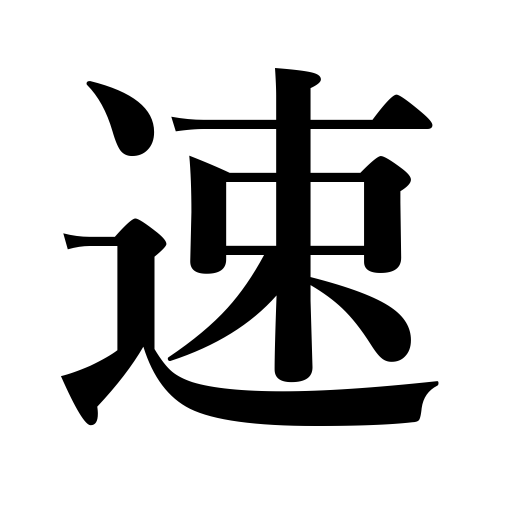
Meanings: prompt,expedite,speedy,advance the date,swift,accelerate,hasten,precipitate